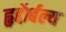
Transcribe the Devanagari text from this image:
हृद्दौर्बल्य